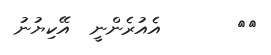
١١       އެއުރެންނީ  އޭކިޔުނު